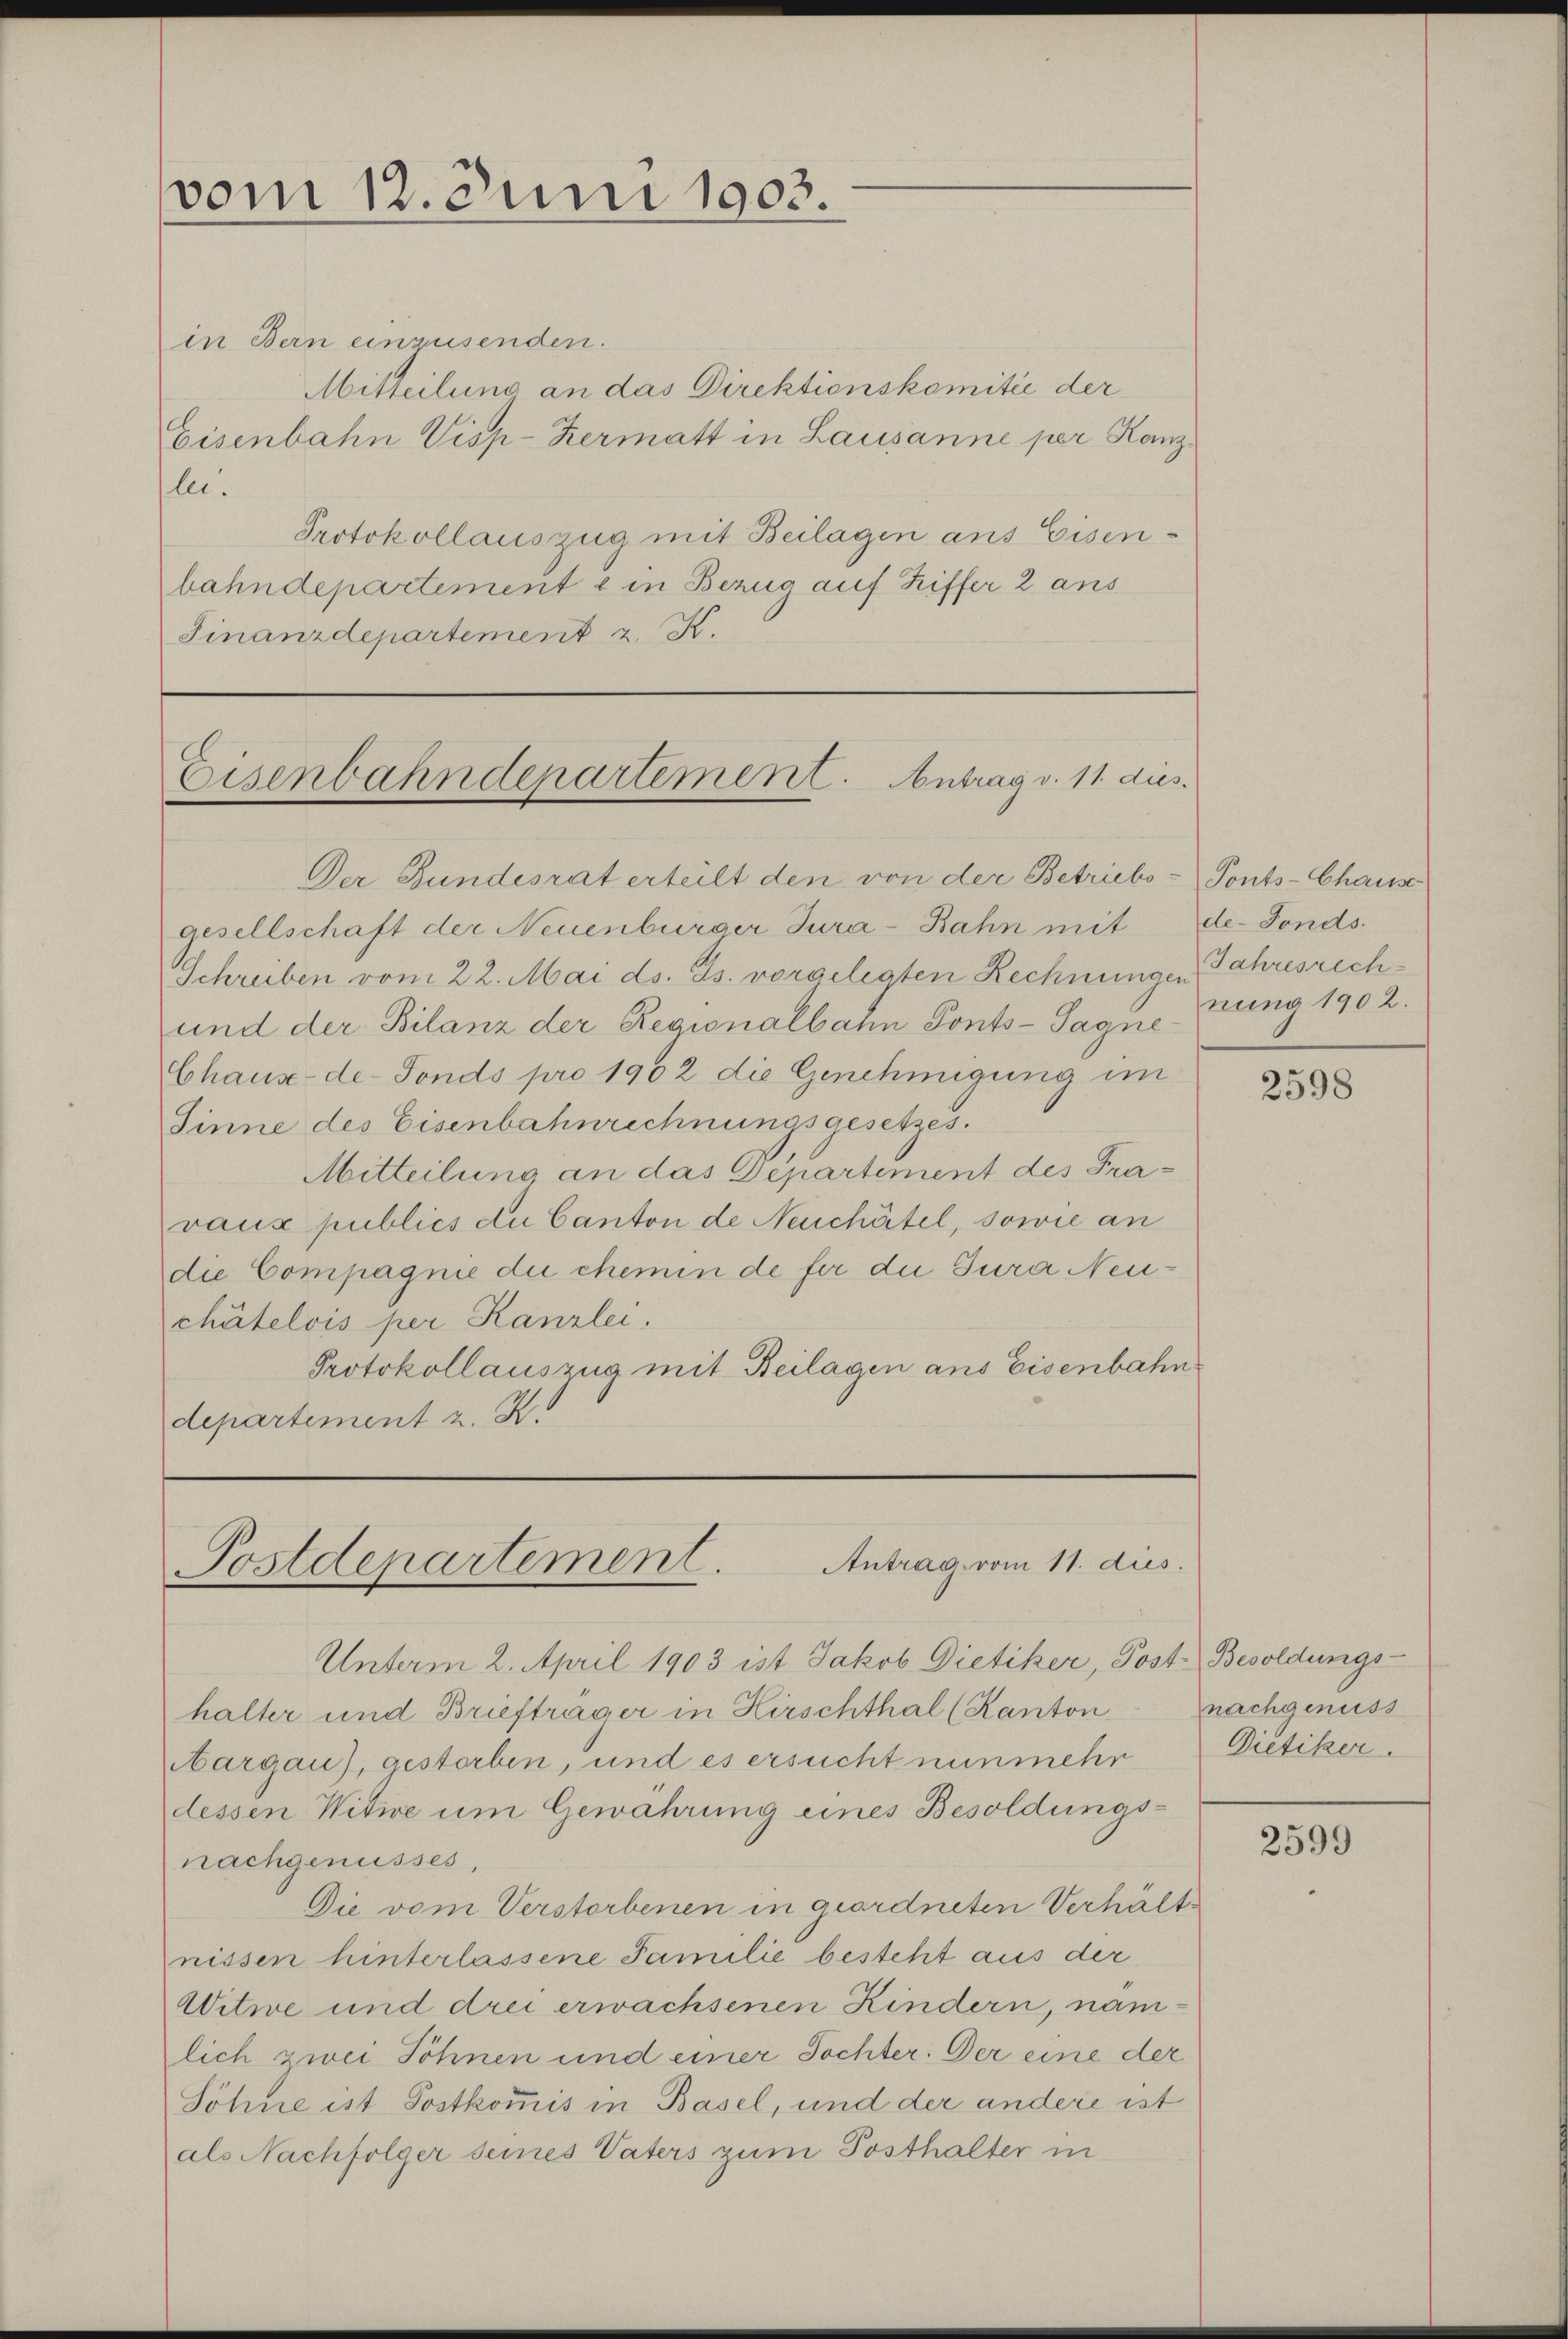
vom 12. Juni 1903.

in Bern einzusenden.
Mitteilung an das Direktionskomitée der
Eisenbahn Visp-Kermatt in Lausanne per Kanz
le.
Protokollauszug mit Beilagen aus Eisen-
bahndepartement & in Bezug auf Ziffer 2 ans
Finanzdepartement z. K.

Eisenbahndepartement. Antrag v. 11. dus.

Der Bundesrat erteilt den von der Betriebs-Tonts-Chause
gesellschaft der Neuenburger Jura-Bahn mit
Schreiben vom 22. Mai ds. Js. vorgelegten Rechnungen Jahresrech¬
und der Bilanz der Regionalbahn Ponts-Tagne
Chaux-de-Fonds pro 1902 die Genehmigung im
Sinne des Eisenbahnrechnungsgesetzes.
Mitteilung an das Departement des Fravaux publics du Canton de Neuchâtel, sowie an
die Compagnie die chemin de für die Jura Neuchâtelois per Kanzlei.
Protokollauszug mit Beilagen ans Eisenbahn
departement z. Z.

Antrag vom 11. dies
Postdepartement.

de-Fonds.
nung 1902.

Unterm 2. April 1903 ist Jakob Dietiker, Post- Besoldungs-
halter und Briefträger in Hirschthal (Kanton nachgenuss
argau), gestorben, und es ersucht nunmehr
dessen Witwe um Gewährung eines Besoldungsnachgenusses,
Die vom Verstorbenen in geordneten Verhältnissen hinterlassene Familie besteht aus der
Witwe und drei erwachsenen Kindern, namlich zwei Söhnen und einer Tochter. Der eine der
Söhne ist Postkommis in Basel, und der andere ist
als Nachfolger seines Vaters zum Posthalter in

2598

Dietiker.

2599